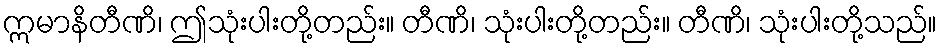
ဣမာနိတီဏိ၊ ဤသုံးပါးတို့တည်း။ တီဏိ၊ သုံးပါးတို့တည်း။ တီဏိ၊ သုံးပါးတို့သည်။